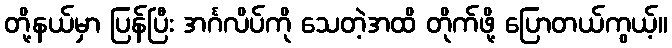
တို့နယ်မှာ ပြန်ပြီး အင်္ဂလိပ်ကို သေတဲ့အထိ တိုက်ဖို့ ပြောတယ်ကွယ့်။